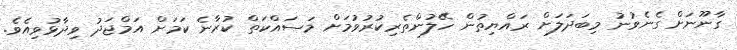
ގާނޫނަށް ގެނެވުނު މިބަދަލަށް ރައްޔިތުން ހޭލުންތެރިކުރުވުމަށް މަސައްކަތް ކުރާނެ ކަމަށް އަމްޖަދު ވިދާޅުވިއެވެ.